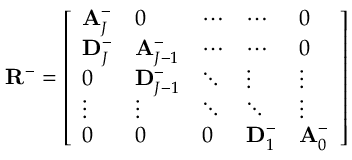
\mathbf { R } ^ { - } = \left[ \begin{array} { l l l l l } { \mathbf { A } _ { J } ^ { - } } & { 0 } & { \cdots } & { \cdots } & { 0 } \\ { \mathbf { D } _ { J } ^ { - } } & { \mathbf { A } _ { J - 1 } ^ { - } } & { \cdots } & { \cdots } & { 0 } \\ { 0 } & { \mathbf { D } _ { J - 1 } ^ { - } } & { \ddots } & { \vdots } & { \vdots } \\ { \vdots } & { \vdots } & { \ddots } & { \ddots } & { \vdots } \\ { 0 } & { 0 } & { 0 } & { \mathbf { D } _ { 1 } ^ { - } } & { \mathbf { A } _ { 0 } ^ { - } } \end{array} \right]